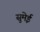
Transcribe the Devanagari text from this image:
सुमेई